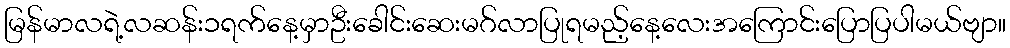
မြန်မာလရဲ့လဆန်း၁ရက်နေ့မှာဦးခေါင်းဆေးမဂ်လာပြုရမည့်နေ့လေးအကြောင်းပြောပြပါမယ်ဗျာ။